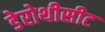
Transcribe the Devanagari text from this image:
डेरोथीसीट